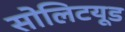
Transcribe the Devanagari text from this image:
सोलिटयूड